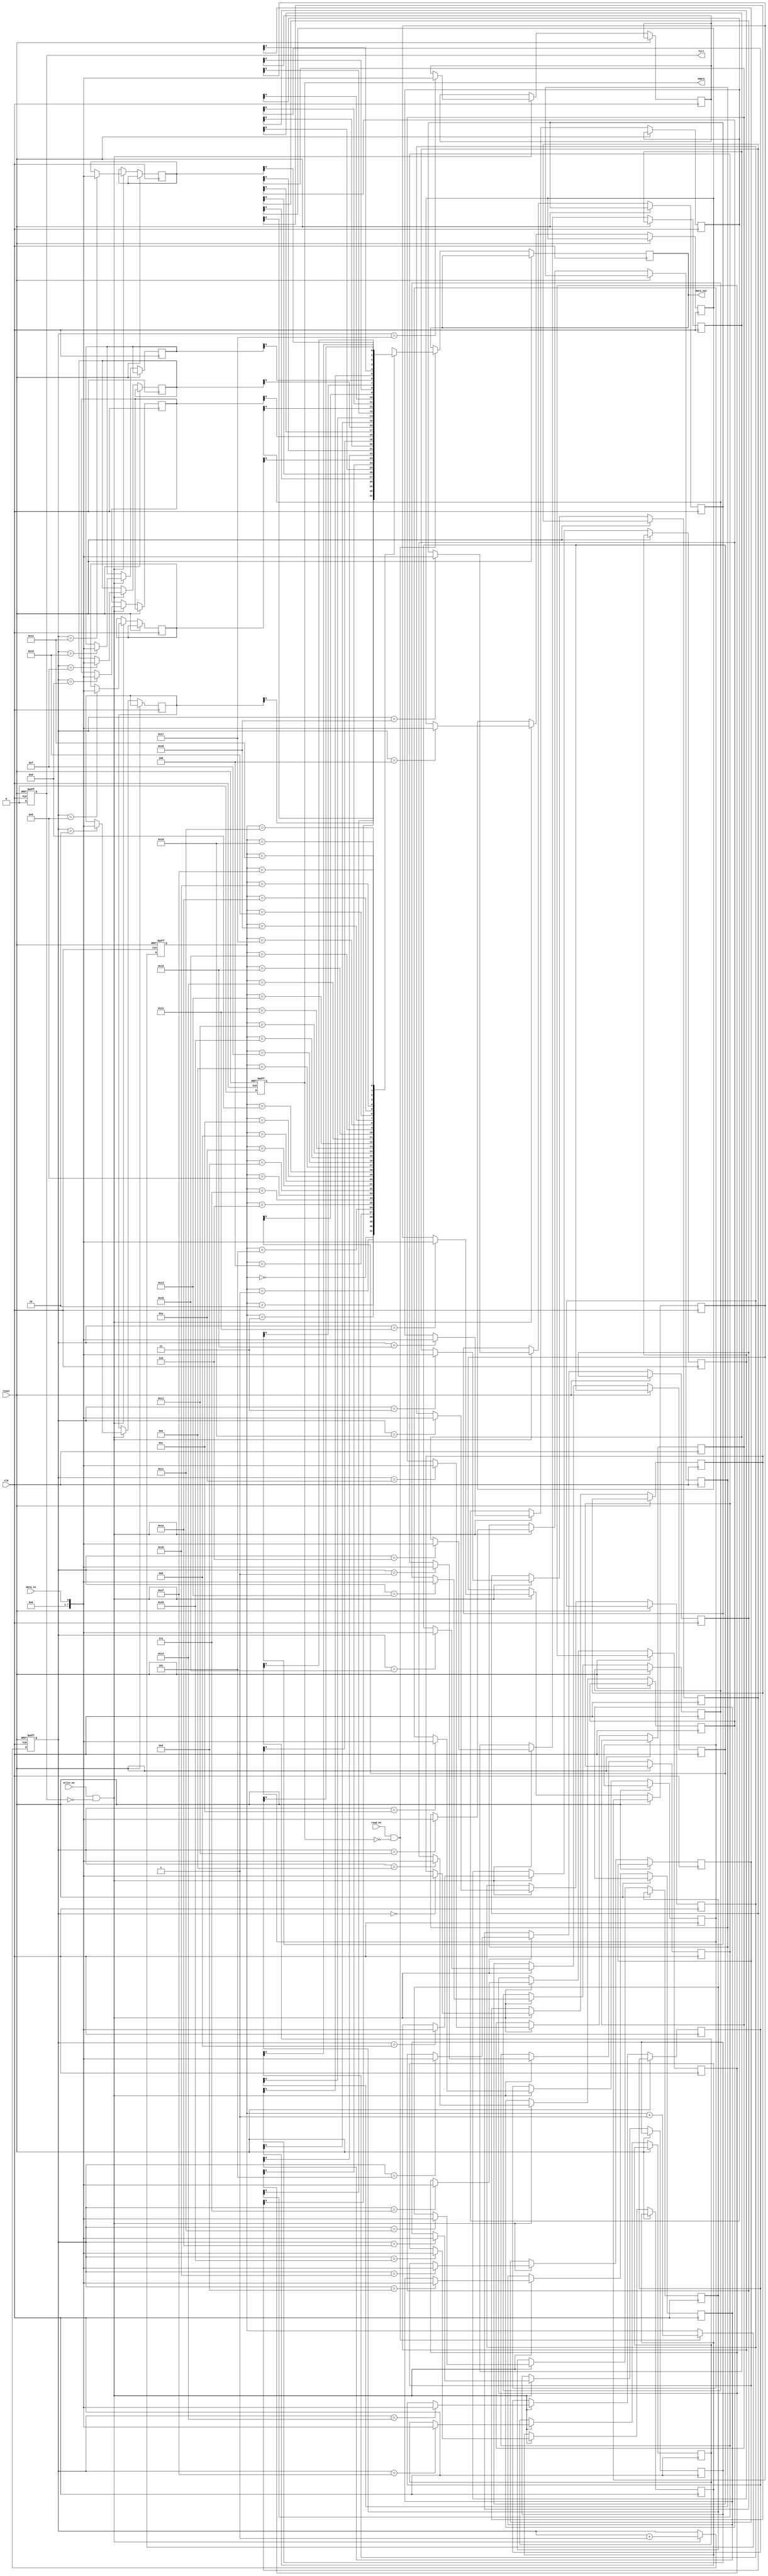
module bidirectional_fifo (
    input wire clk,
    input wire reset,
    input wire write_en,
    input wire read_en,
    input wire data_in,
    output wire data_out,
    output reg full,
    output reg empty
);

reg [7:0] memory [0:31];
reg [4:0] write_ptr = 5'b00000;
reg [4:0] read_ptr = 5'b00000;
reg [4:0] fifo_count = 5'b00000;

always @(posedge clk or posedge reset) begin
    if (reset) begin
        write_ptr <= 5'b00000;
        read_ptr <= 5'b00000;
        fifo_count <= 5'b00000;
        full <= 1'b0;
        empty <= 1'b1;
    end
    else begin
        if (write_en && !full) begin
            memory[write_ptr] <= data_in;
            write_ptr <= write_ptr + 1;
            fifo_count <= fifo_count + 1;
            if (fifo_count == 31)
                full <= 1'b1;
        end
        if (read_en && !empty) begin
            data_out <= memory[read_ptr];
            read_ptr <= read_ptr + 1;
            fifo_count <= fifo_count - 1;
            if (fifo_count == 0)
                empty <= 1'b1;
        end
        full <= 0;
        empty <= 0;
    end
end

endmodule